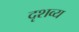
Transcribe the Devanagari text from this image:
दृशव्य